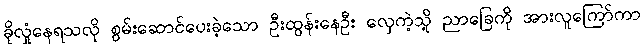
ခိုလှုံနေရသလို စွမ်းဆောင်ပေးခဲ့သော ဦးထွန်းနေဦး လှေကဲ့သို့ ညာခြေကို အားလူကြော်ကာ